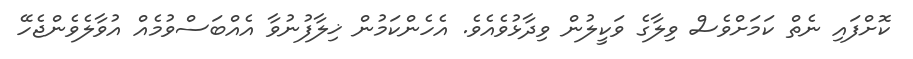
ކޮށްފައި ނެތް ކަމަށްވެސް ވިލާގެ ވަކީލުން ވިދާޅުވެއެވެ. އެހެންކަމުން ޚިލާފުނުވާ އެއްބަސްވުމެއް އުވާލެވެންޖެހޭ